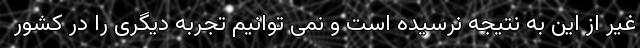
غیر از این به نتیجه نرسیده است و نمی توانیم تجربه دیگری را در کشور